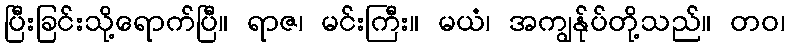
ပြီးခြင်းသို့ရောက်ပြီ။ ရာဇ၊ မင်းကြီး။ မယံ၊ အကျွန်ုပ်တို့သည်။ တဝ၊